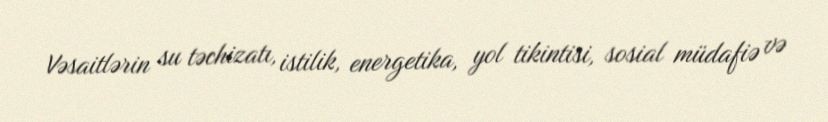
Vəsaitlərin su təchizatı, istilik, energetika, yol tikintisi, sosial müdafiə və